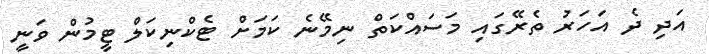
އަދި ދެ އަހަރު ތެރޭގައި މަސައްކަތް ނިމޭނެ ކަމަށް ޓެކްނިކަލް ޓީމުން ވަނީ